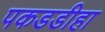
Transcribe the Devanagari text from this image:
पकडडीहा